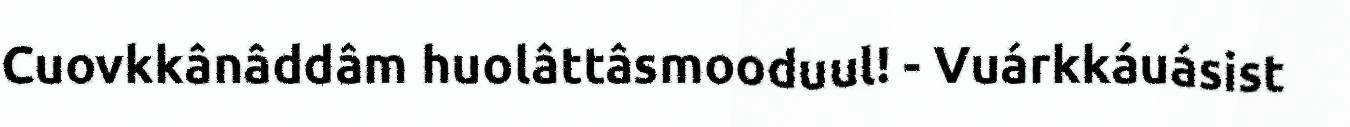
Cuovkkânâddâm huolâttâsmooduul! - Vuárkkáuásist